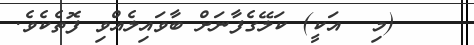
(މި  އަކީ) ކަލޭގެފާނަށް ބާވައިލެއްވި ފޮތެކެވެ.